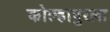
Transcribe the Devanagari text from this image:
कोल्हापुरला